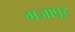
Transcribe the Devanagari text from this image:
गजापूर